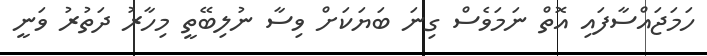
ހަމަޖައްސާފައި އޮތް ނަމަވެސް ގިނަ ބަޔަކަށް ވިސާ ނުލިބޭތީ މިހާރު ދަތުރު ވަނީ